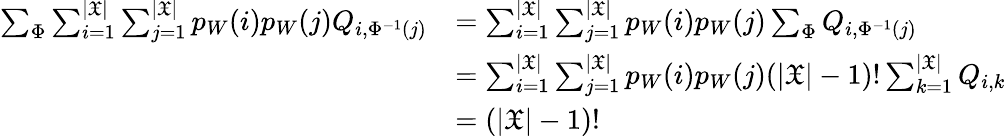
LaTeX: \begin{array}{rl}{\sum_{\Phi}\sum_{i=1}^{|\mathfrak{X}|}\sum_{j=1}^{|\mathfrak{X}|}p_{W}(i)p_{W}(j)Q_{i,\Phi^{-1}(j)}}&{=\sum_{i=1}^{|\mathfrak{X}|}\sum_{j=1}^{|\mathfrak{X}|}p_{W}(i)p_{W}(j)\sum_{\Phi}Q_{i,\Phi^{-1}(j)}}\\ &{=\sum_{i=1}^{|\mathfrak{X}|}\sum_{j=1}^{|\mathfrak{X}|}p_{W}(i)p_{W}(j)(|\mathfrak{X}|-1)!\sum_{k=1}^{|\mathfrak{X}|}Q_{i,k}}\\ &{=(|\mathfrak{X}|-1)!}\end{array}